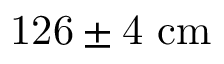
\mathrm { 1 2 6 \pm 4 ~ c m }